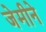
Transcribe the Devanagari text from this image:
जेमीने